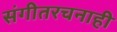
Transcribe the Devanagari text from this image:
संगीतरचनाही